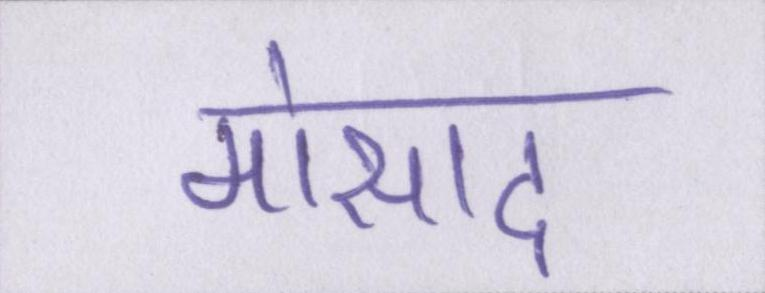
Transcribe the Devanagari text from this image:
मोसाद